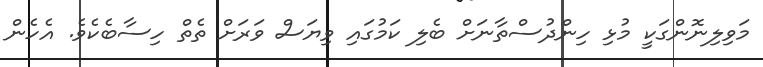
މަވިލިނޮންގަކީ މުޅި ހިންދުސްތާނަށް ބެލި ކަމުގައި ވިޔަސް ވަރަށް ތެތް ހިސާބެކެވެ. އެހެން